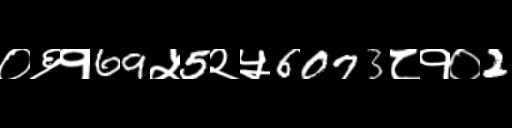
Text: ०६१69५5२५6073८१०2